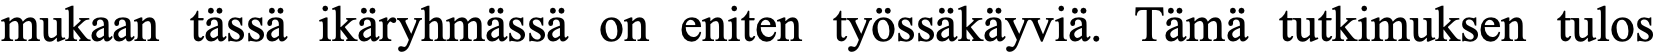
mukaan tässä ikäryhmässä on eniten työssäkäyviä. Tämä tutkimuksen tulos